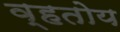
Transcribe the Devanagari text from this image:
व्हतोय